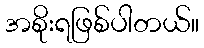
အစိုးရဖြစ်ပါတယ်။